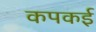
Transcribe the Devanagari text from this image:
कपकई